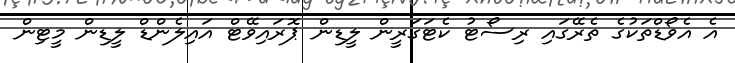
އެ އެވޯޑްތަކުގެ ތެރޭގައި ރިސޯޓު ކެޓަގަރީން ލީޑިން ޕޮރައިވޭޓް އައިލެންޑް ލީޑިން މީޓިން